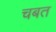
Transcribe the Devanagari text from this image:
चबत